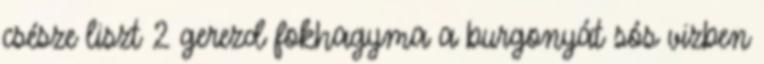
csésze liszt 2 gerezd fokhagyma a burgonyát sós vizben